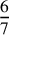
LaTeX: \frac { 6 } { 7 }